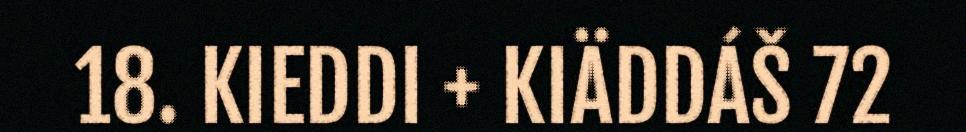
18. KIEDDI + KIÄDDÁŠ 72